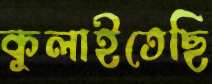
কুলাইতেছি